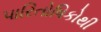
પારિતોષિકોથી